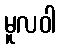
မူလဝါ